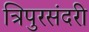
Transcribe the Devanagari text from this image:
त्रिपुरसंदरी